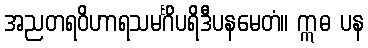
အညတရဝိဟာရသမင်္ဂိပရိဒီပနမေတံ။ ဣဓ ပန